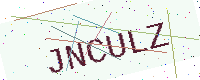
Text: JNCULZ